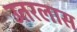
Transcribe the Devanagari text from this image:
उतरलास